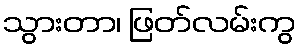
သွားတာ၊ ဖြတ်လမ်းကွ